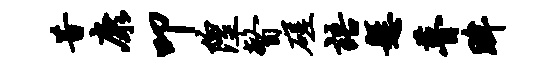
昔康叩隍瞥磋语悬瞢眸